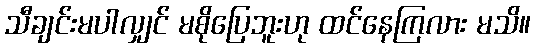
သီချင်းမပါလျှင် မစိုပြေဘူးဟု ထင်နေကြလား မသိ။